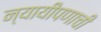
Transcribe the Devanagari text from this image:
न्यायीपणाची